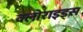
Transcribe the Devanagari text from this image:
क्लोराइड्स